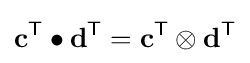
\mathbf {c} ^{\textsf {T}}\bullet \mathbf {d} ^{\textsf {T}}=\mathbf {c} ^{\textsf {T}}\otimes \mathbf {d} ^{\textsf {T}}